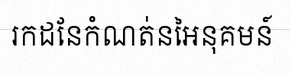
រកដែនកំណត់នៃអនុគមន៍